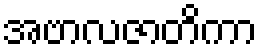
အဗာလဇာတိကာ